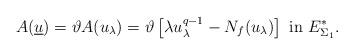
LaTeX: \begin{align*}A(\underline{u})=\vartheta A(u_{\lambda})=\vartheta\left[\lambda u^{q-1}_{\lambda}-N_f(u_{\lambda})\right]\ \mbox{in}\ E^*_{\Sigma_1}.\end{align*}